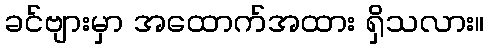
ခင်ဗျားမှာ အထောက်အထား ရှိသလား။